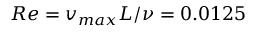
R e = v _ { m a x } L / \nu = 0 . 0 1 2 5